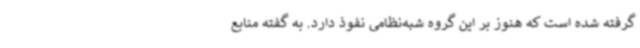
گرفته شده است که هنوز بر این گروه شبه‌نظامی نفوذ دارد. به گفته منابع